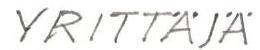
YRITTÄJÄ